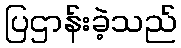
ပြဌာန်းခဲ့သည်